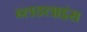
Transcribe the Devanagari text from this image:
ब्लडलाइंस